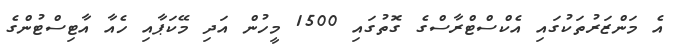
އެ މަންޒަރުތަކުގައި އެކްސްޓްރާސްގެ ގޮތުގައި 1500 މީހުން އަދި މޭކަޕާއި ހެއާ އާޓިސްޓުންގެ